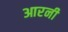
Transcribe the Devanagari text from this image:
आरनी